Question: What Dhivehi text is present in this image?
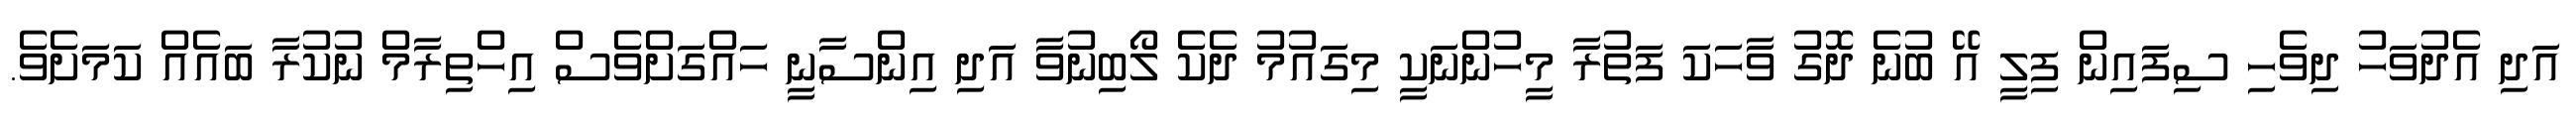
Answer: އަދި އެދުވަހު ދިވެހި ސިފައިން ފިލީ އޭ ބުނެ ދޮގު ވާހަކަ ފަތުރާ މީހުންނަކީ މިގައުމު ދެކެ ލޯބިނުވާ އަދި އިންސާނީ ހައްގަށްވެސް އިހްތިރާމް ނުކުރާ ބައެއް ކަމަށެވެ.